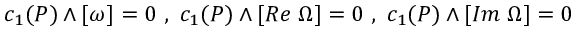
c _ { 1 } ( P ) \wedge [ \omega ] = 0 ~ , ~ c _ { 1 } ( P ) \wedge [ R e \; \Omega ] = 0 ~ , ~ c _ { 1 } ( P ) \wedge [ I m \; \Omega ] = 0